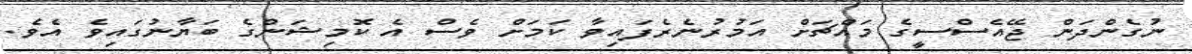
ނުގެންދަން ޖޭއެސްސީގެ މައްޗަށް އަމުރުނެރެފައިވާ ކަމަށް ވެސް އެ ކޮމިޝަންގެ ބަޔާނުގައިވެ އެވެ.